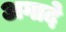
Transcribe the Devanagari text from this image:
अगादे